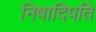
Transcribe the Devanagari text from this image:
निषादिपति